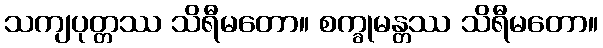
သကျပုတ္တဿ သိရီမတော။ စက္ခုမန္တဿ သိရီမတော။